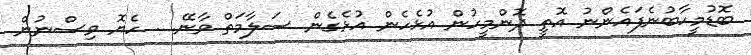
ބޮޑުމީހާބުނެފައެންނު އޮތީ ދޮންމީހުން އުޅެހެން އުޅެގެން ސަލާމަތް ވާނޭ. . ހެޔޮ ވިސްނުން